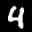
Label: 4